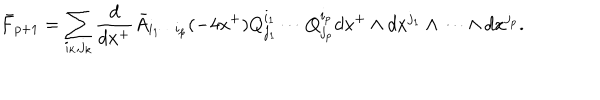
LaTeX: \bar { F } _ { p + 1 } = \sum _ { i _ { k } , j _ { k } } \frac { d } { d x ^ { + } } \bar { A } _ { i _ { 1 } \cdots i _ { p } } ( - 4 x ^ { + } ) Q _ { j _ { 1 } } ^ { i _ { 1 } } \cdots Q _ { j _ { p } } ^ { i _ { p } } d x ^ { + } \wedge d x ^ { j _ { 1 } } \wedge \cdots \wedge d x ^ { j _ { p } } .